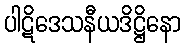
ပါဋိဒေသနီယဒိဋ္ဌိနော